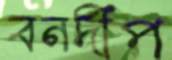
বনদীপ